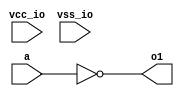
// SPDX-License-Identifier: Apache-2.0
// Copyright (C) 2019 Intel Corporation. 


module aibnd_fine_dly_inv ( a, o1, vcc_io, vss_io );

  input a;
  output o1;
  input vss_io;
  input vcc_io;


  assign o1 = ~a ;

endmodule